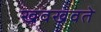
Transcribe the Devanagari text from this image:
खवखवते